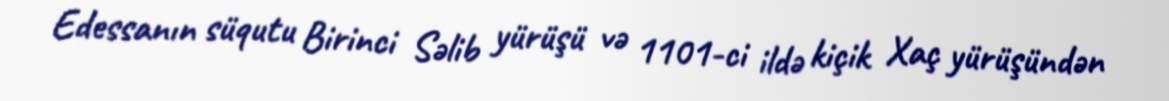
Edessanın süqutu Birinci Səlib yürüşü və 1101-ci ildə kiçik Xaç yürüşündən